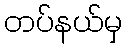
တပ်နယ်မှ